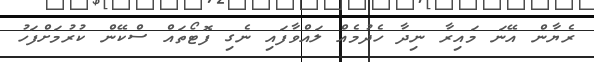
ރެޔާން އޭނަ މައިރާ ނިދާ ހެދުމެއް ލައްވާފައި ނެގި ފޮޓޯތައް ސްކޭން ކުރުމަށްފަހު